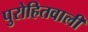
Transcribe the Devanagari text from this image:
पुरोहितवाली